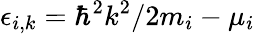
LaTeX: \epsilon_{i,k}=\hbar^{2}k^{2}/2m_{i}-\mu_{i}